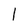
Character: l